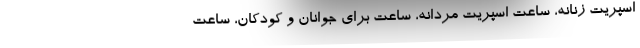
اسپریت زنانه، ساعت اسپریت مردانه، ساعت برای جوانان و کودکان، ساعت